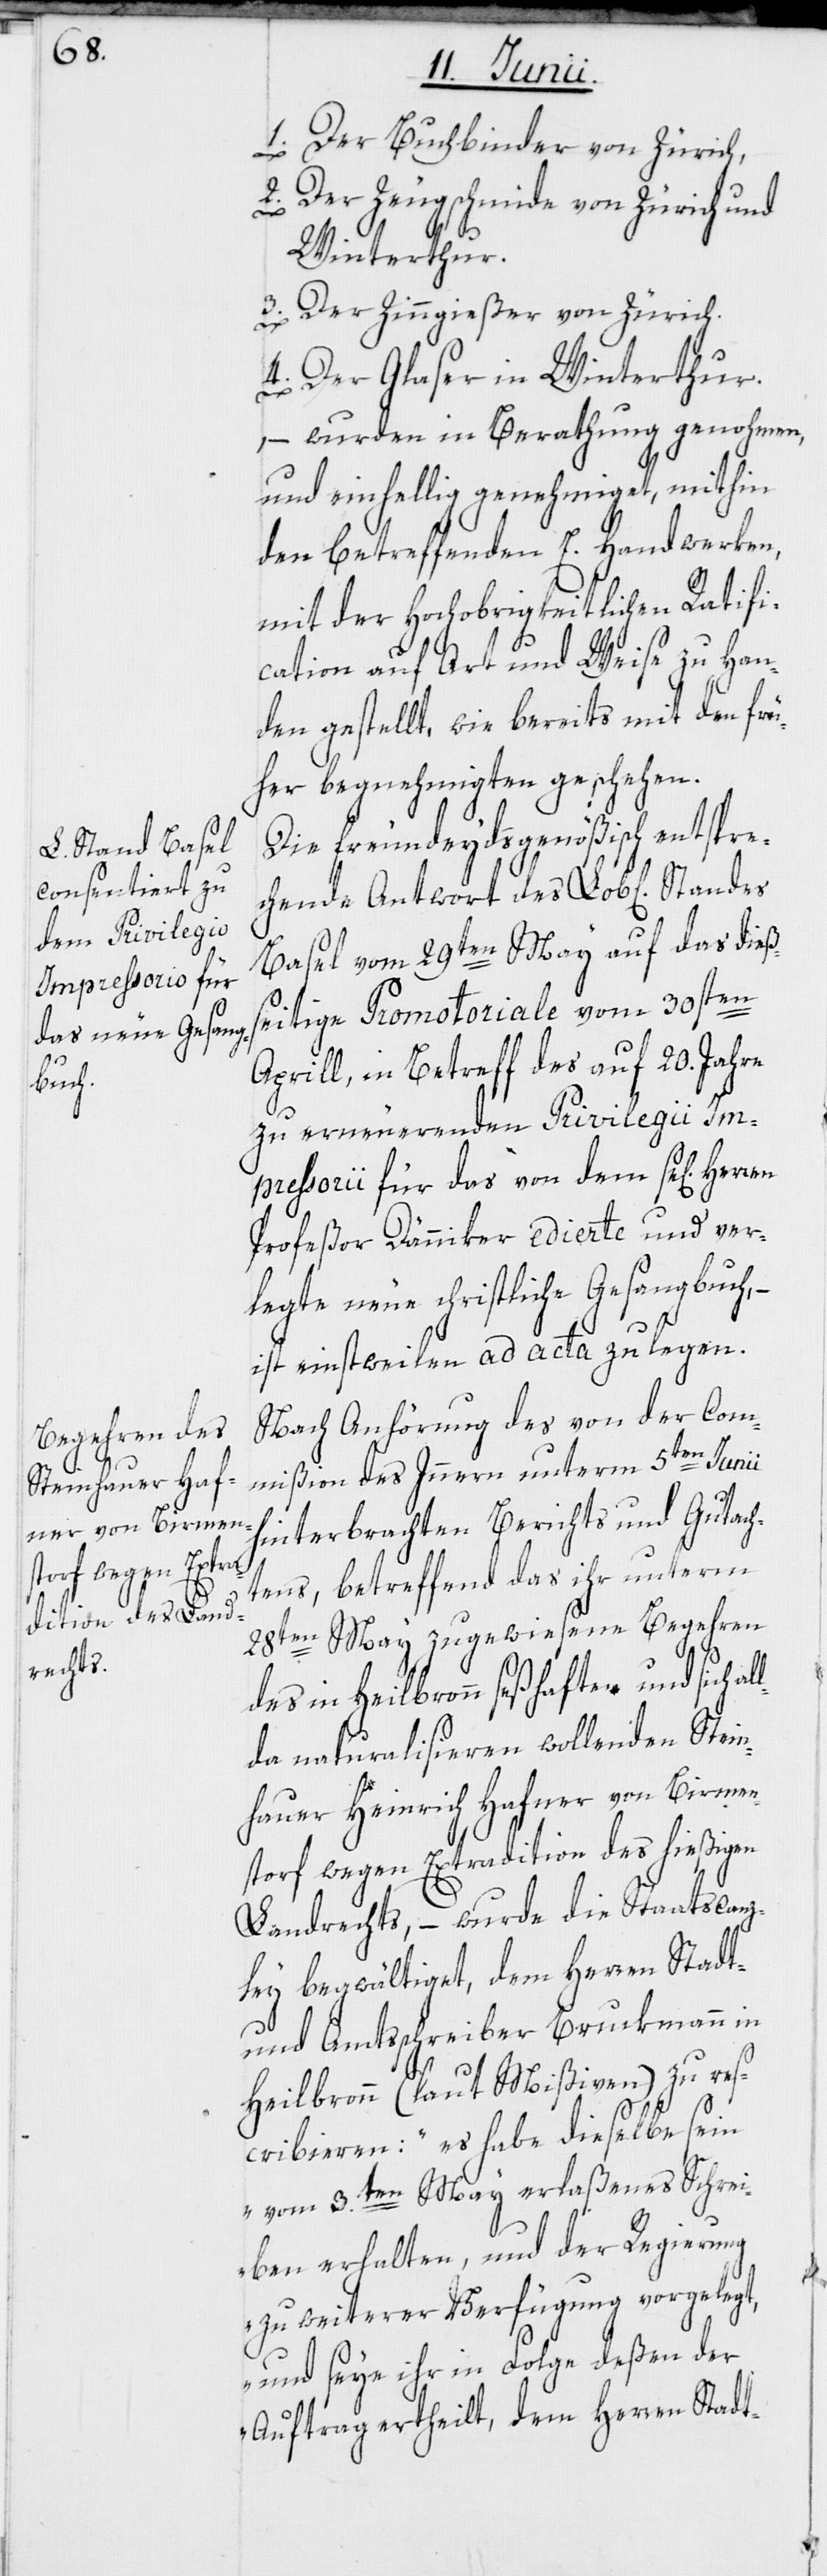
1. Der Buchbinder von Zürich,
2. Der Zeugschmide von Zürich und
Winterthur.
3. Der Zinngießer von Zürich.
4. Der Glaser in Winterthur.
– wurden in Berathung genohmen,
und einhellig genehmiget, mithin
den betreffenden E. Handwerken,
mit der Hochobrigkeitlichen Ratifi¬
cation auf Art und Weise zu Han¬
den gestellt, wie bereits mit den frü¬
her begnehmigten geschehen.
Die freundeydsgenößisch entspre¬
chende Antwort des Lob[lichen]
Basel vom 29ten May auf das dießs¬
eitige Promotoriale vom 30sten
Aprill, in Betreff des auf 20. Jahre
zu erneuerenden Privilegii Im¬
pressorii für das von dem se[ligen]
Profeßor Dänniker edierte und ver¬
legte neue christliche Gesangbuch,
ist einstweilen ad acta zu legen.
Nach Anhörung des von der Com¬
mißion des Innern unterm 5ten Junii
hinterbrachten Berichts und Gutach¬
tens, betreffend das ihr unterm
28ten May zugewiesene Begehren
des in Heilbronn seßhaften und sich al¬
lda naturalisieren wollenden Stein¬
hauer Heinrich Hafner von Birmen¬
storf wegen Extradition des hießigen
Landrechts, – wurde die Staatscanz¬
ley begwältiget, dem Herren Stadt-
und Amtsschreiber Bruckmann in
Heilbronn (laut Mißiven) zu res¬
cribieren: „es habe dieselbe sein
vom 3.ten May erlaßenes Schrei¬
ben erhalten, und der Regierung
zu weiterer Verfügung vorgelegt,
und seye ihr in Folge deßen der
Auftrag ertheilt, dem Herren Stadt-